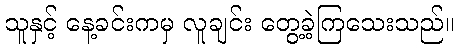
သူနှင့် နေ့ခင်းကမှ လူချင်း တွေ့ခဲ့ကြသေးသည်။